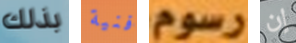
بذلك فنية رسوم إن